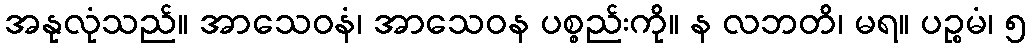
အနုလုံသည်။ အာသေဝနံ၊ အာသေဝန ပစ္စည်းကို။ န လဘတိ၊ မရ။ ပဉ္စမံ၊ ၅